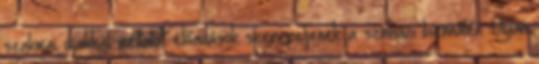
szakmai díjakkal méltatott előadások szerepeljenek a színházi biennálén. Olyan